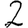
Digit: 2